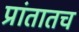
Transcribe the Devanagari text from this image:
प्रांतातच